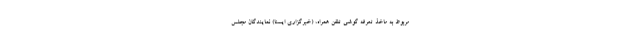
مربوط به ماخذ تعرفه گوشی تلفن همراه، (خبرگزاری ایسنا) نمایندگان مجلس